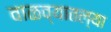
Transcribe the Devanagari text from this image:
वाळव्यातल्या